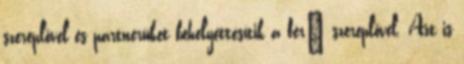
szereplővel és partnerüket behelyettesítik a férﬁ szereplővel. Azt is